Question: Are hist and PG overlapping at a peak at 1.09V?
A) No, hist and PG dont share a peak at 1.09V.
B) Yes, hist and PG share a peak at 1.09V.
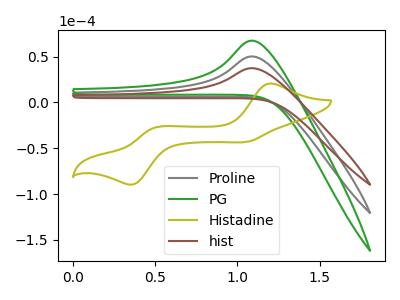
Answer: <think>The gray curve "Proline" has an anodic peak at: (1.10V, 50.15uA). The green curve "PG" has an anodic peak at: (1.10V, 100.35uA). The olive curve "Histadine" has anodic peaks at (1.20V, 20.60uA) (0.50V, -27.70uA) and cathodic peaks at (1.05V, -42.70uA) (0.35V, -89.20uA). The brown curve "hist" has an anodic peak at: (1.10V, 37.35uA).</think>
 <answer>B) Yes, "hist" and "PG" share a peak at 1.09V.</answer>
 <eval>B</eval>